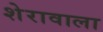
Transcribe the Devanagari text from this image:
शेरावाला